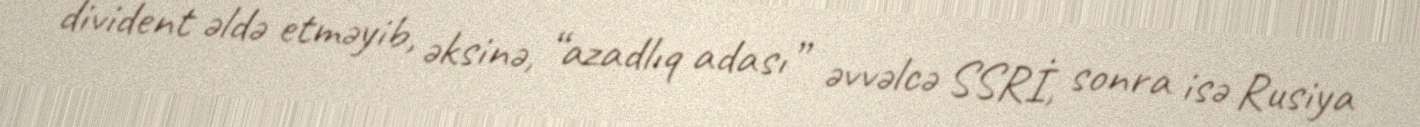
divident əldə etməyib, əksinə, “azadlıq adası” əvvəlcə SSRİ, sonra isə Rusiya